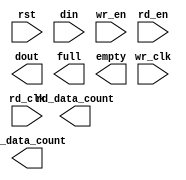
module fifo_s6_1Kx36_2clk(
	rst,
	wr_clk,
	rd_clk,
	din,
	wr_en,
	rd_en,
	dout,
	full,
	empty,
	rd_data_count,
	wr_data_count);


input rst;
input wr_clk;
input rd_clk;
input [35 : 0] din;
input wr_en;
input rd_en;
output [35 : 0] dout;
output full;
output empty;
output [10 : 0] rd_data_count;
output [10 : 0] wr_data_count;

// synthesis translate_off

      FIFO_GENERATOR_V6_1 #(
		.C_COMMON_CLOCK(0),
		.C_COUNT_TYPE(0),
		.C_DATA_COUNT_WIDTH(10),
		.C_DEFAULT_VALUE("BlankString"),
		.C_DIN_WIDTH(36),
		.C_DOUT_RST_VAL("0"),
		.C_DOUT_WIDTH(36),
		.C_ENABLE_RLOCS(0),
		.C_ENABLE_RST_SYNC(1),
		.C_ERROR_INJECTION_TYPE(0),
		.C_FAMILY("spartan6"),
		.C_FULL_FLAGS_RST_VAL(1),
		.C_HAS_ALMOST_EMPTY(0),
		.C_HAS_ALMOST_FULL(0),
		.C_HAS_BACKUP(0),
		.C_HAS_DATA_COUNT(0),
		.C_HAS_INT_CLK(0),
		.C_HAS_MEMINIT_FILE(0),
		.C_HAS_OVERFLOW(0),
		.C_HAS_RD_DATA_COUNT(1),
		.C_HAS_RD_RST(0),
		.C_HAS_RST(1),
		.C_HAS_SRST(0),
		.C_HAS_UNDERFLOW(0),
		.C_HAS_VALID(0),
		.C_HAS_WR_ACK(0),
		.C_HAS_WR_DATA_COUNT(1),
		.C_HAS_WR_RST(0),
		.C_IMPLEMENTATION_TYPE(2),
		.C_INIT_WR_PNTR_VAL(0),
		.C_MEMORY_TYPE(1),
		.C_MIF_FILE_NAME("BlankString"),
		.C_MSGON_VAL(1),
		.C_OPTIMIZATION_MODE(0),
		.C_OVERFLOW_LOW(0),
		.C_PRELOAD_LATENCY(0),
		.C_PRELOAD_REGS(1),
		.C_PRIM_FIFO_TYPE("1kx36"),
		.C_PROG_EMPTY_THRESH_ASSERT_VAL(4),
		.C_PROG_EMPTY_THRESH_NEGATE_VAL(5),
		.C_PROG_EMPTY_TYPE(0),
		.C_PROG_FULL_THRESH_ASSERT_VAL(1023),
		.C_PROG_FULL_THRESH_NEGATE_VAL(1022),
		.C_PROG_FULL_TYPE(0),
		.C_RD_DATA_COUNT_WIDTH(11),
		.C_RD_DEPTH(1024),
		.C_RD_FREQ(1),
		.C_RD_PNTR_WIDTH(10),
		.C_UNDERFLOW_LOW(0),
		.C_USE_DOUT_RST(1),
		.C_USE_ECC(0),
		.C_USE_EMBEDDED_REG(0),
		.C_USE_FIFO16_FLAGS(0),
		.C_USE_FWFT_DATA_COUNT(1),
		.C_VALID_LOW(0),
		.C_WR_ACK_LOW(0),
		.C_WR_DATA_COUNT_WIDTH(11),
		.C_WR_DEPTH(1024),
		.C_WR_FREQ(1),
		.C_WR_PNTR_WIDTH(10),
		.C_WR_RESPONSE_LATENCY(1))
	inst (
		.RST(rst),
		.WR_CLK(wr_clk),
		.RD_CLK(rd_clk),
		.DIN(din),
		.WR_EN(wr_en),
		.RD_EN(rd_en),
		.DOUT(dout),
		.FULL(full),
		.EMPTY(empty),
		.RD_DATA_COUNT(rd_data_count),
		.WR_DATA_COUNT(wr_data_count),
		.BACKUP(),
		.BACKUP_MARKER(),
		.CLK(),
		.SRST(),
		.WR_RST(),
		.RD_RST(),
		.PROG_EMPTY_THRESH(),
		.PROG_EMPTY_THRESH_ASSERT(),
		.PROG_EMPTY_THRESH_NEGATE(),
		.PROG_FULL_THRESH(),
		.PROG_FULL_THRESH_ASSERT(),
		.PROG_FULL_THRESH_NEGATE(),
		.INT_CLK(),
		.INJECTDBITERR(),
		.INJECTSBITERR(),
		.ALMOST_FULL(),
		.WR_ACK(),
		.OVERFLOW(),
		.ALMOST_EMPTY(),
		.VALID(),
		.UNDERFLOW(),
		.DATA_COUNT(),
		.PROG_FULL(),
		.PROG_EMPTY(),
		.SBITERR(),
		.DBITERR());


// synthesis translate_on

endmodule